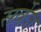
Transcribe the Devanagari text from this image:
सर्वेज़